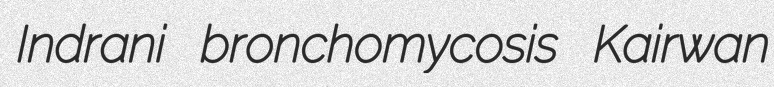
Indrani bronchomycosis Kairwan